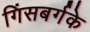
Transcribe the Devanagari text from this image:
गिंसबर्गके